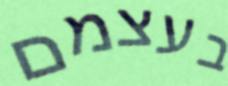
בעצמם